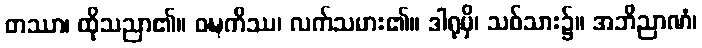
တဿာ၊ ထိုသညာ၏။ ဝဍ္ဎကိဿ၊ လက်သမား၏။ ဒါရုမှိ၊ သစ်သား၌။ အဘိညာဏံ၊